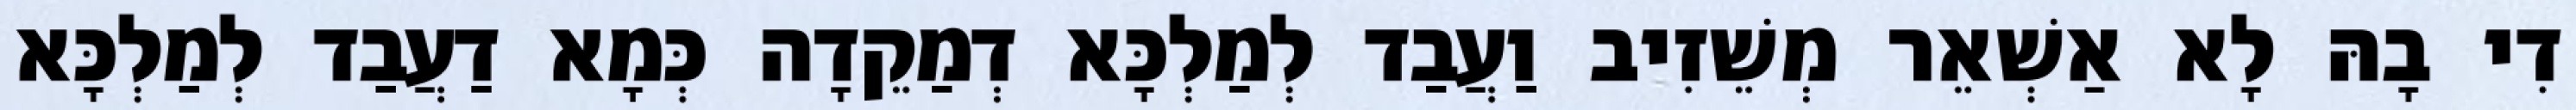
דִי בָהּ לָא אַשְׁאֵר מְשֵׁזִיב וַעֲבַד לְמַלְכָּא דְמַקֵדָה כְּמָא דַעֲבַד לְמַלְכָּא